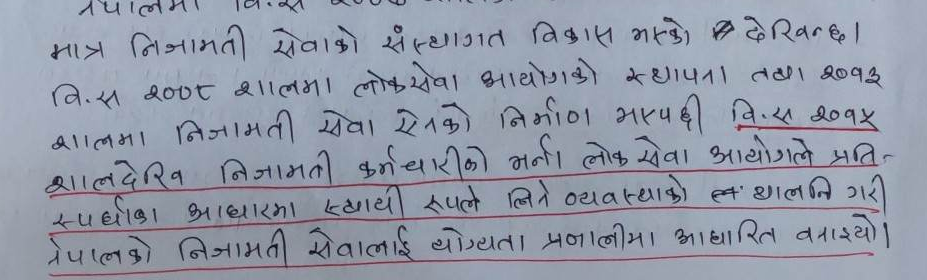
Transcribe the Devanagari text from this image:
मात्र निजामती सेवाको संस्थागत विकास भएको देखिन्छ।
वि.स. २००८ सालमा लोकसेवा आयोगको स्थापना तथा २०१३
सालमा निजामती सेवा ऐनको निर्माण भएपछी वि.स. २०१५
सालदेखि निजामती कर्मचारीको भर्ना लोक सेवा आयोगले प्रति-
स्पर्धाको आधारमा स्थायी रुपले लिने व्यवस्थाको थालनि गरी
नेपालको निजामती सेवालाई योग्यता प्रणालीमा आधारित बनाइयो।